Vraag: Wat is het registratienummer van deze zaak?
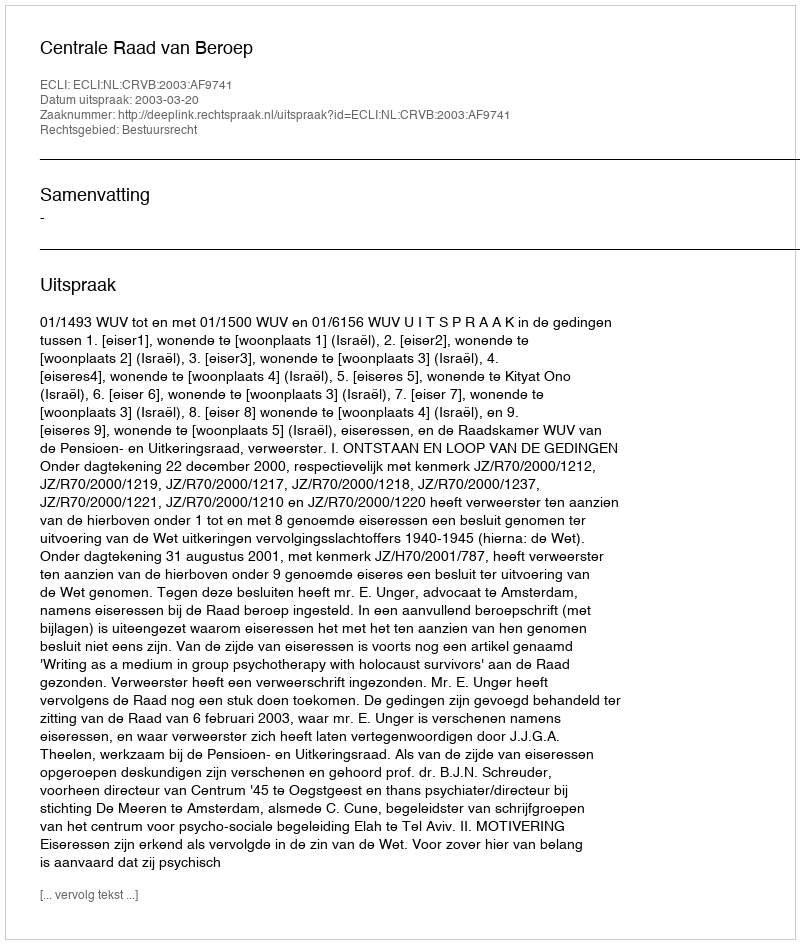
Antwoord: http://deeplink.rechtspraak.nl/uitspraak?id=ECLI:NL:CRVB:2003:AF9741